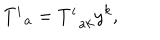
T _ { \; \; a } ^ { i } = T _ { \; \; a k } ^ { i } y ^ { k } ,